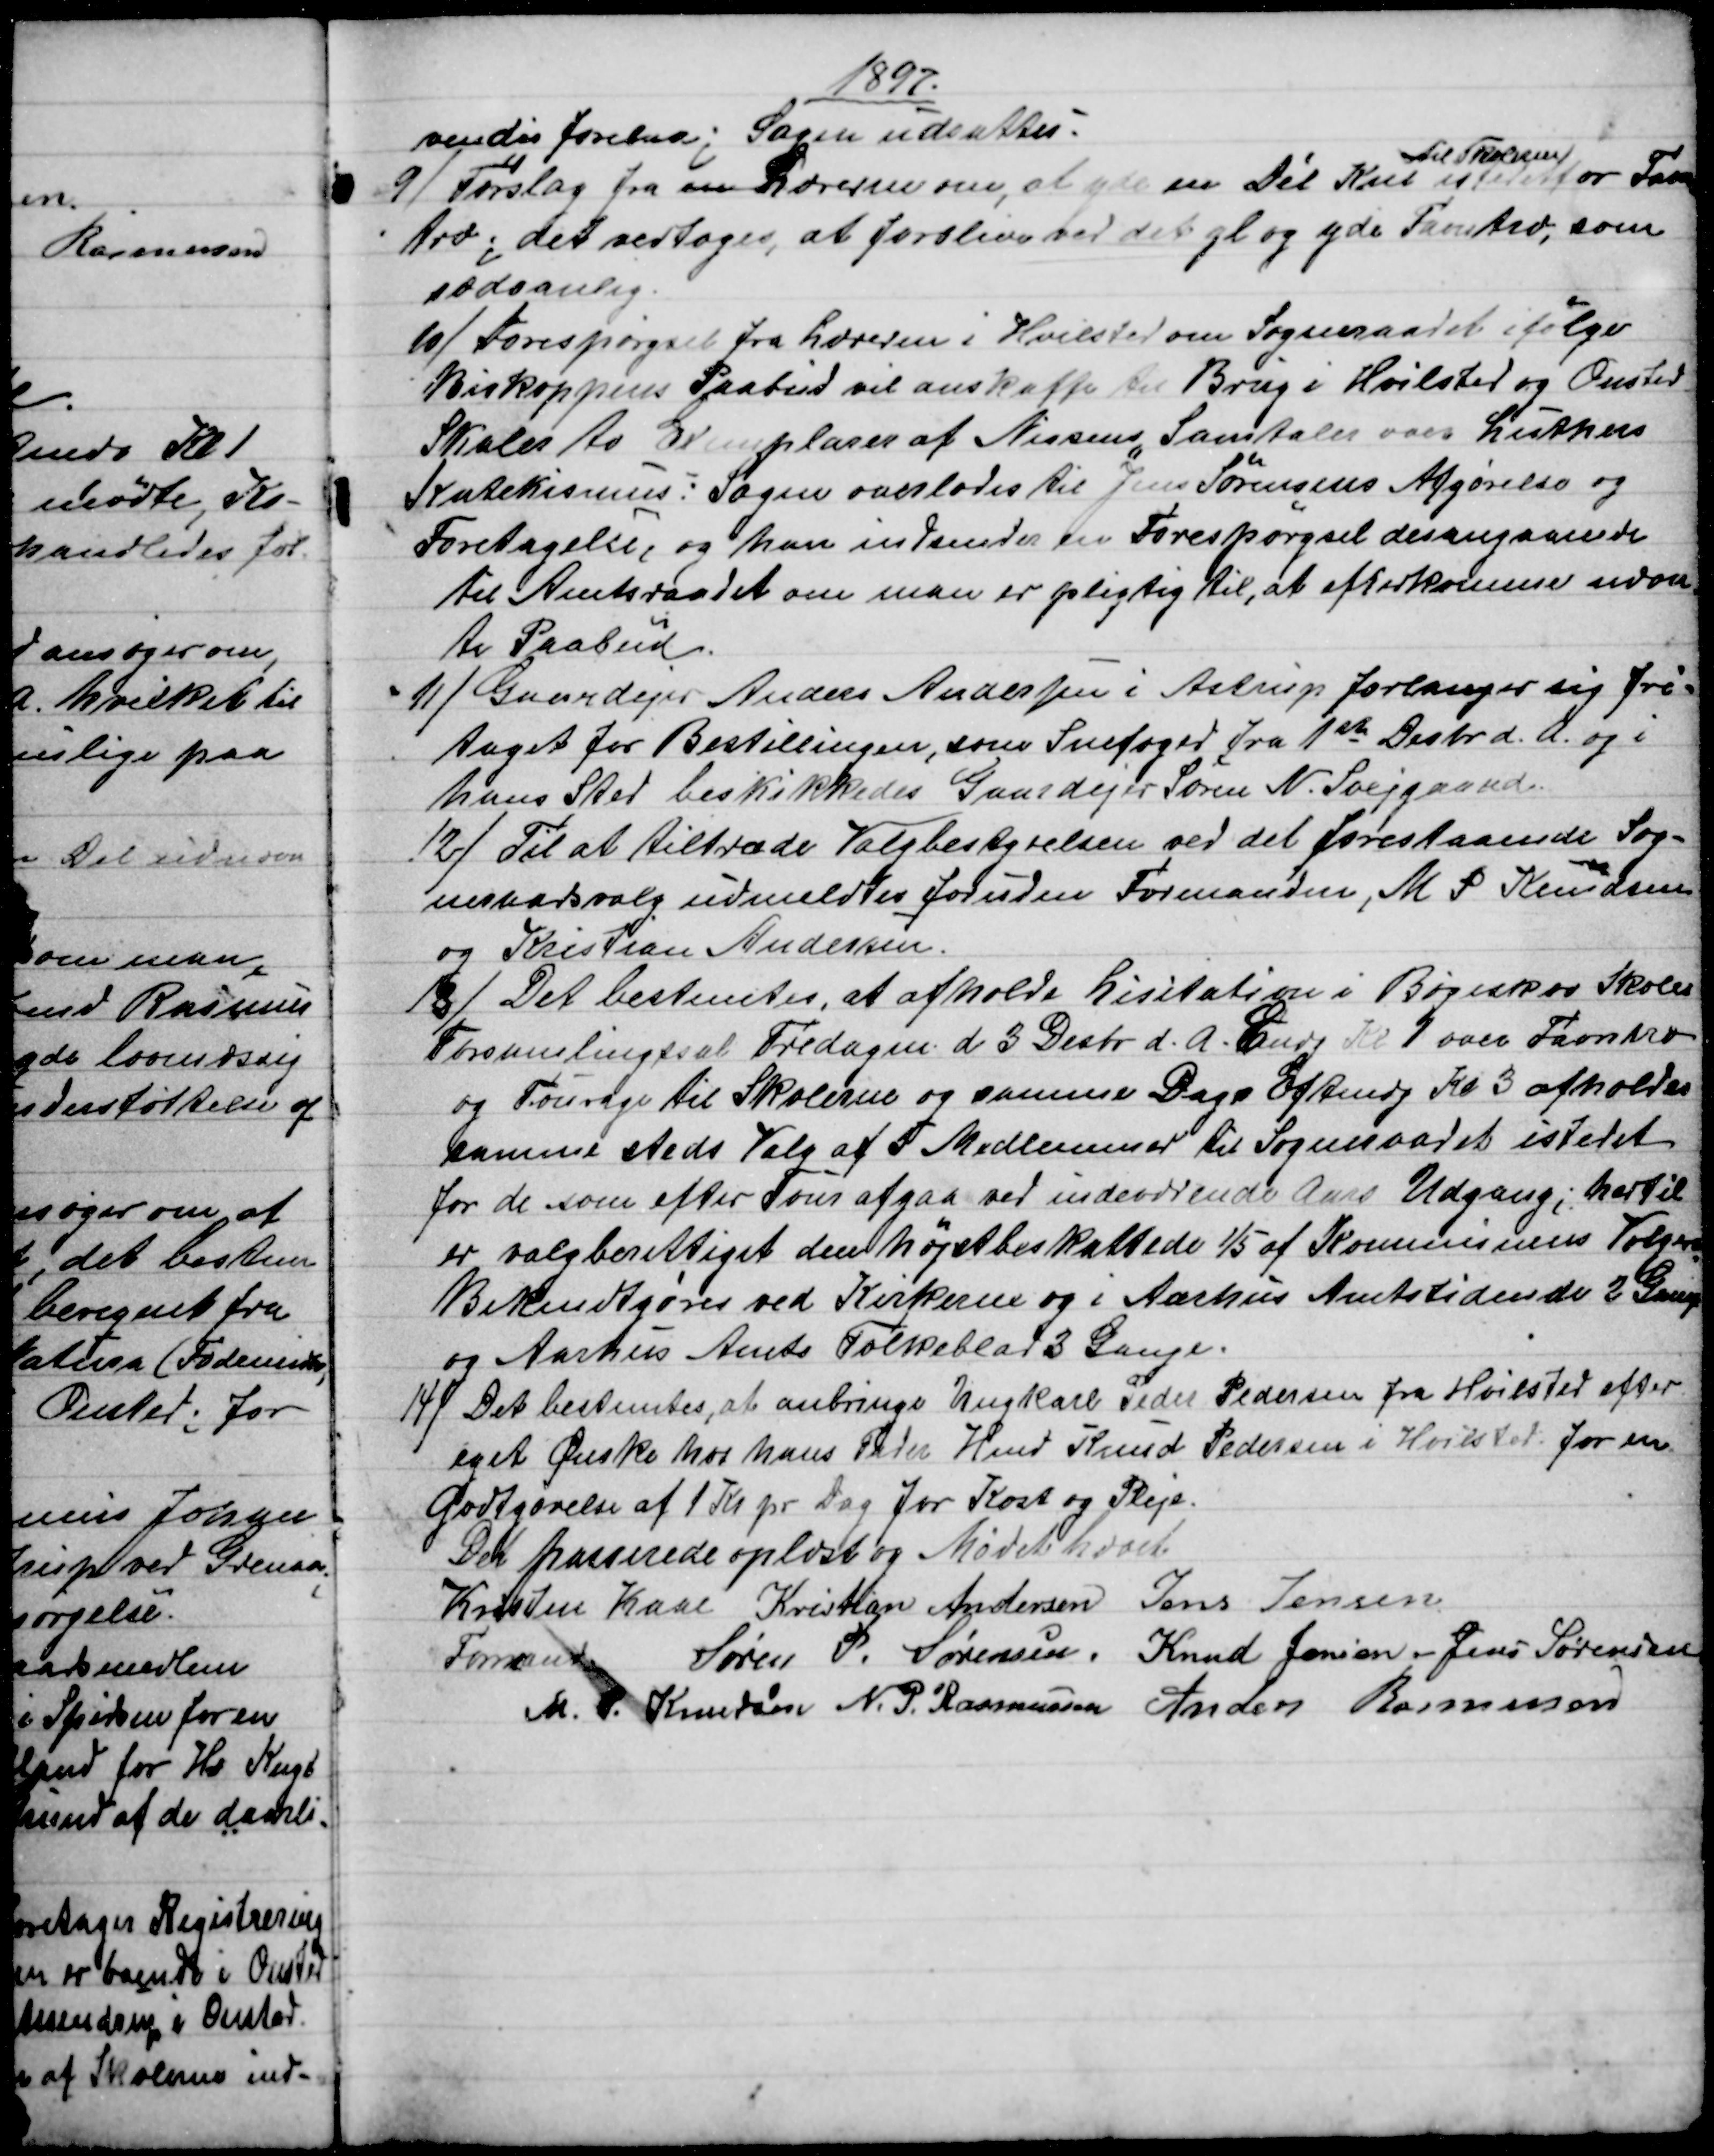
Transskription:
1897.
vendig forelaa; Sagen udsattes.
9) 
Forslag fra en Lærerne om, at yde en Dél Kul 
til Skolerne
istedetfor Favn
træ; det vedtoges, at forblive ved det gl og yde Favntræ, som
sædvanlig.
10)
 Forespørgsel fra Læreren i Hvilsted om Sogneraadet ifølge
Biskoppens Paabud vil anskaffe til Brug i Hvilsted og Onsted
Skoler to Exemplarer af Nissens Samtaler over Luthers
Katekismus: Sagen overlodes til Jens Sørensens Afgørelse og
Foretagelse, og han indsender en Forespørgsel desangaaende
til Amtsraadet om man er pligtig til, at efterkomme nævn
=
te Paabud.
11)
Gaardejer Anders Andersen i Astrup forlanger sig fri-
taget for Bestillingen, som Snefoged fra 1ste Desbr. d. A. og i
hans Sted beskikkedes Gaardejer Søren N. Svejgaard.
12)
 Til at tiltræde Valgbestyrelsen ved det forestaaende Sog-
neraadsvalg udmeldtes foruden Formanden, M. P. Knudsen
og Kristian Andersen.
18) 
Det bestemtes, at afholde Lisitation i Bøgeskov Skoles
Forsamlingssal Fredagen d. 3 Desbr. d. A. Eftmdg Kl 1 over Favntræ
og Fourage til Skolerne og samme Dags Eftmdg Kl 3 afholdes
samme steds Valg af 5 Medlemmer til Sogneraadet istedet
for de som efter Tour afgaa ved indeværende Aars Udgang; hertil
er valgberettiget den højstbeskattede 1/5 af Kommunens Vælgere
Bekendtgøres ved Kirkerne og i Aarhus Amtstidende 2 Gange
og Aarhus Amts Folkeblad 3 Gange.
14)
Det bestemtes, at anbringe Ungkarl Peder Pedersen fra Hvilsted efter
eget Ønske hos hans Fader Hmd Knud Pedersen i Hvilsted for en
Godtgørelse af 1 Kr pr Dag for Kost og Pleje.
Der passerede oplæst og Mødet hævet.
Kristen Kaae 
Formand.
Kristian Andersen Jens Jensen
Søren P. Sørensen. Knud Jensen. Jens Sørensen
M. P. Knudsen N. P. Rasmussen Anders Rasmussen